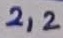
Text: 2,2